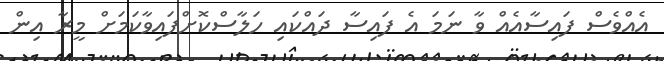
އެއްވެސް ފައިސާއެއް ވާ ނަމަ އެ ފައިސާ ދައްކައި ހަލާސްކޮށްފައިވާކަމަށް މީރާ އިން